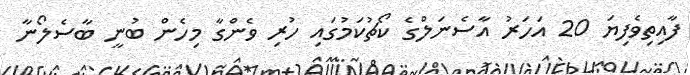
ފާއިތިވެފިޔަ 20 އަހަރު އާސެނަލްގެ ކޯޗުކަމުގައި ހުރި ވެންގާ މިހެން ބުނީ ބާސެލޯނާ